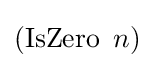
(\operatorname {IsZero} \ n)